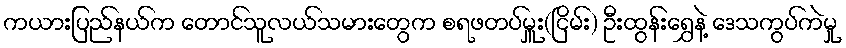
ကယားပြည်နယ်က တောင်သူလယ်သမားတွေက စရဖတပ်မှူး(ငြိမ်း) ဦးထွန်းရွှေနဲ့ ဒေသကွပ်ကဲမှု